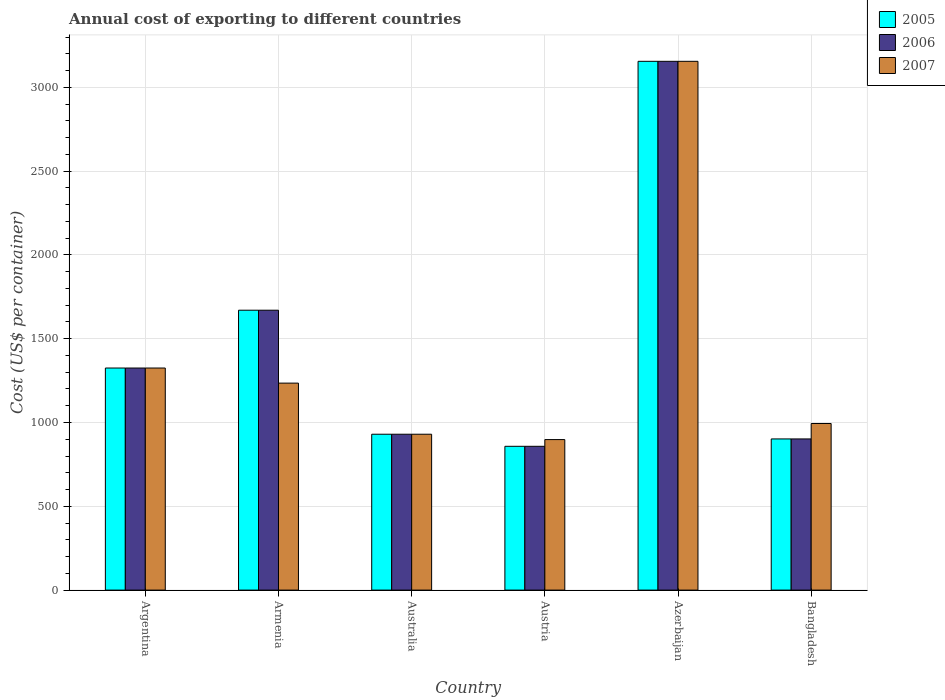
| Country | 2005 | 2006 | 2007 |
 | --- | --- | --- | --- |
 | Argentina | 1.32e+03 | 1.32e+03 | 1.32e+03 |
 | Armenia | 1.67e+03 | 1.67e+03 | 1.24e+03 |
 | Australia | 930 | 930 | 930 |
 | Austria | 858 | 858 | 898 |
 | Azerbaijan | 3.16e+03 | 3.16e+03 | 3.16e+03 |
 | Bangladesh | 902 | 902 | 994 |